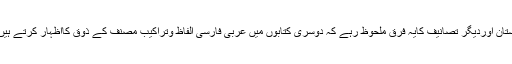
اس دورکی دوسری تصانیف میں بھی عربی سے استفادے کایہ رجحان نظرآتاہے لیکن داستان اوردیگر تصانیف کایہ فرق ملحوظ رہے کہ دوسری کتابوں میں عربی فارسی الفاظ وتراکیب مصنف کے ذوق کااظہار کرتے ہیں اور داستان میں یہ کاوش’’آغازِ داستان‘‘ میں قاری کومتوجہ کرنے کاکام بھی کرتی ہے۔